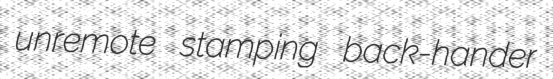
unremote stamping back-hander